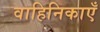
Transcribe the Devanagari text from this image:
वाहिनिकाएँ